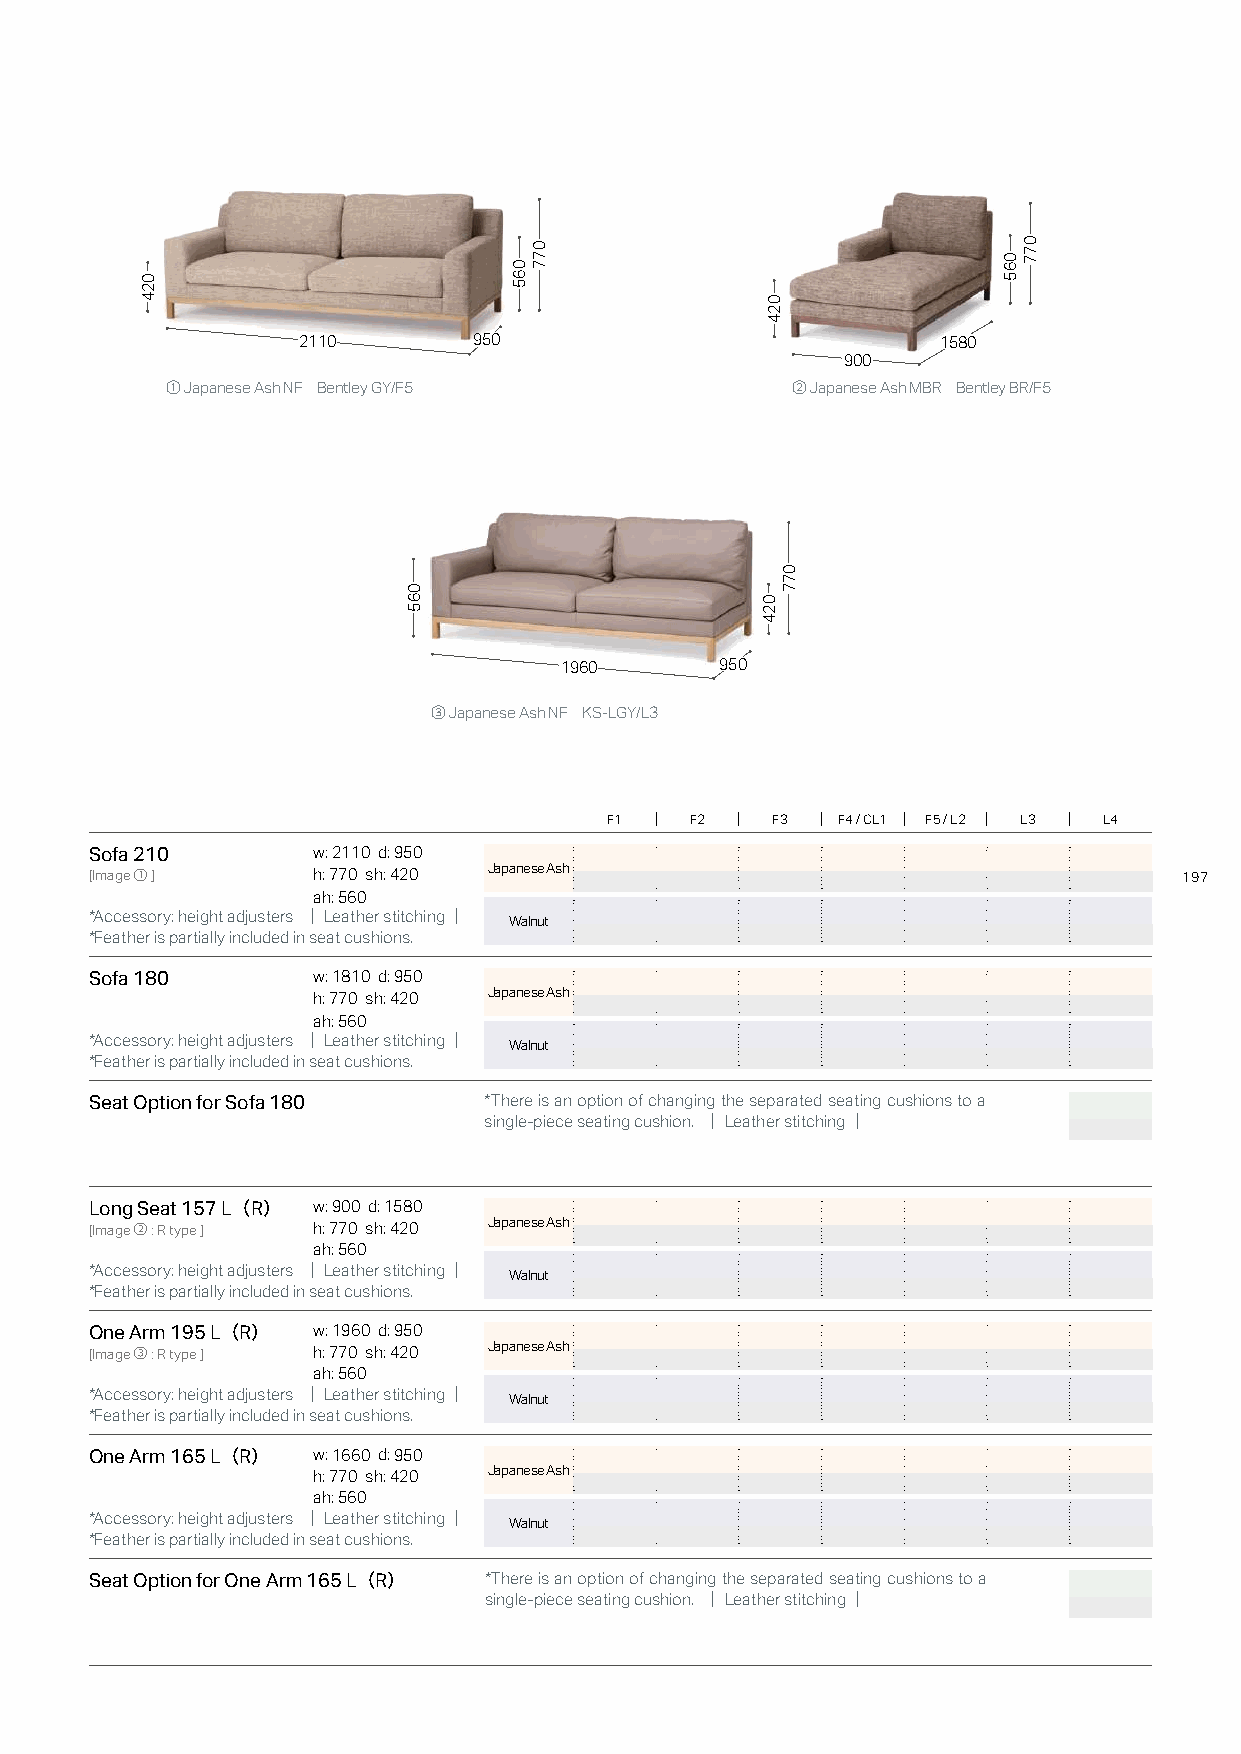
2110       950                            1580
 900
 ① Japanese Ash NF Bentley GY/F5          ② Japanese Ash MBR Bentley BR/F5
 1960       950
 ③ Japanese Ash NF KS-LGY/L3
 F1    F2   F3  F4 / CL1 F5 / L2 L3 L4
 Sofa 210       w: 2110 d: 950
 Japanese Ash
 [Image①]       h: 770 sh: 420                                           197
 ah: 560
 *Accessory: height adjusters ｜Leather stitching｜ Walnut
 *Feather is partially included in seat cushions.
 Sofa 180       w: 1810 d: 950
 Japanese Ash
 h: 770 sh: 420
 ah: 560
 *Accessory: height adjusters ｜Leather stitching｜ Walnut
 *Feather is partially included in seat cushions.
 Seat Option for Sofa 180  *There is an option of changing the separated seating cushions to a
 single-piece seating cushion. ｜Leather stitching｜
 Long Seat 157 L（R） w: 900 d: 1580
 [Image②: R type] h: 770 sh: 420 Japanese Ash
 ah: 560
 *Accessory: height adjusters ｜Leather stitching｜ Walnut
 *Feather is partially included in seat cushions.
 One Arm 195 L（R） w: 1960 d: 950
 [Image③: R type] h: 770 sh: 420 Japanese Ash
 ah: 560
 *Accessory: height adjusters ｜Leather stitching｜ Walnut
 *Feather is partially included in seat cushions.
 One Arm 165 L（R） w: 1660 d: 950
 h: 770 sh: 420 Japanese Ash
 ah: 560
 *Accessory: height adjusters ｜Leather stitching｜ Walnut
 *Feather is partially included in seat cushions.
 Seat Option for One Arm 165 L（R） *There is an option of changing the separated seating cushions to a
 single-piece seating cushion. ｜Leather stitching｜
 024
 065
 065
 077
 024
 024
 077
 065
 077